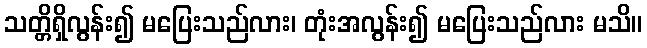
သတ္တိရှိလွန်း၍ မပြေးသည်လား၊ တုံးအလွန်း၍ မပြေးသည်လား မသိ။